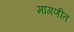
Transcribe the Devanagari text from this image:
मागणीत